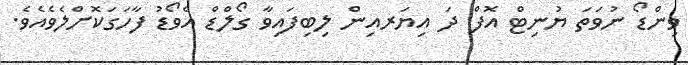
ވިންޑޯ ނުވަަތަ ޔުނިޓް އޮފް ދަ އިޔަރއިން ލިބިފައިވާ ގޯލްޑް އެވޯޑު ފާހަގަކޮށްލެވެއެވެ.